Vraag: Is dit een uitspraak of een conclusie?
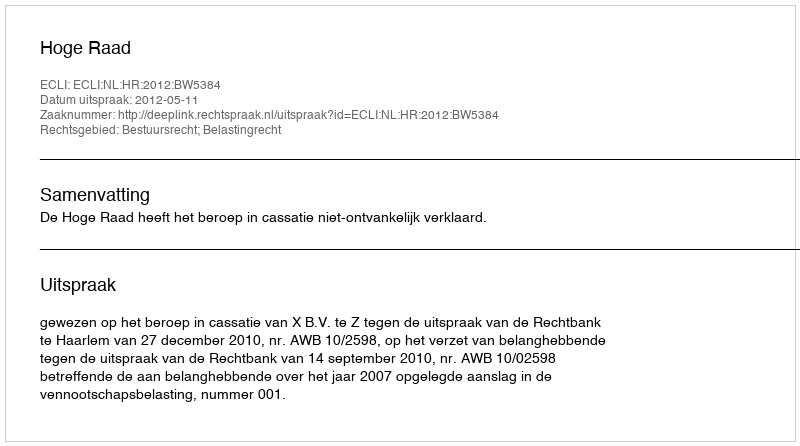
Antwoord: Uitspraak